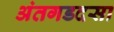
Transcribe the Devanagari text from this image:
अंतगडदसा